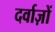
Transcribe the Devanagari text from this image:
दर्वाज़ों